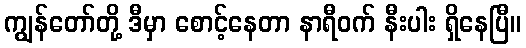
ကျွန်တော်တို့ ဒီမှာ စောင့်နေတာ နာရီဝက် နီးပါး ရှိနေပြီ။